Vaccination United Provinces of Agra and Oudh 1914-1922 - 1914-1922
Year: 1914
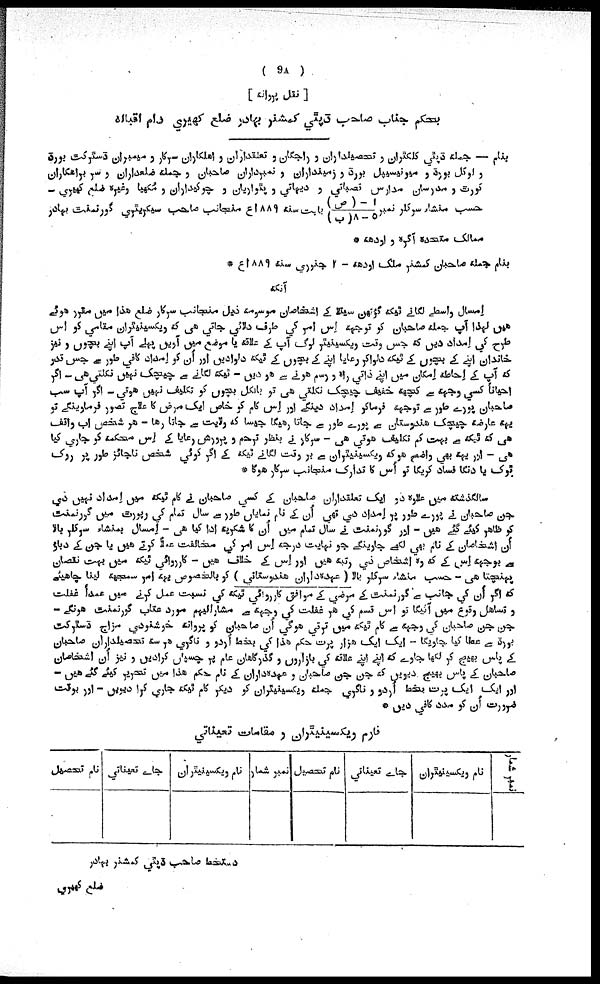
( 9A )